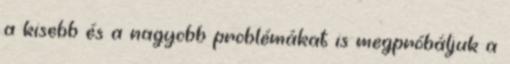
a kisebb és a nagyobb problémákat is megpróbáljuk a